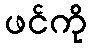
ဖင်ကို